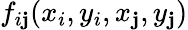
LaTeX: f_{i\mathbf{j}}(x_{i},y_{i},x_{\mathbf{j}},y_{\mathbf{j}})